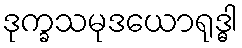
ဒုက္ခသမုဒယောရုဒ္ဓါ